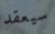
سيعقد